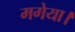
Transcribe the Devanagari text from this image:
मगेया।